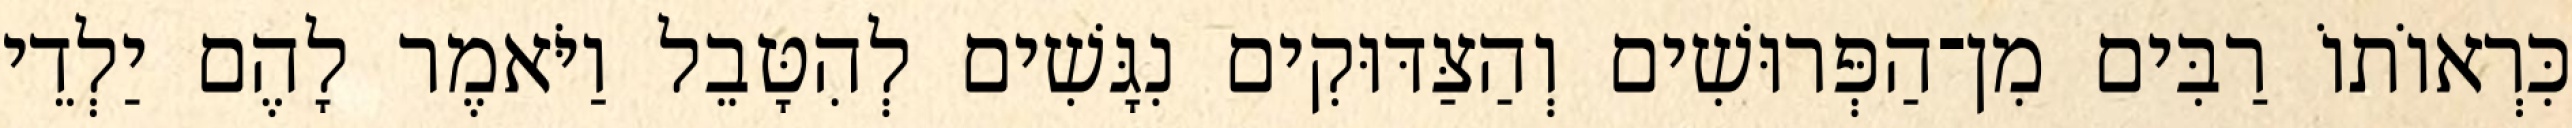
כִּרְאוֹתוֹ רַבִּים מִן־הַפְּרוּשִׁים וְהַצַּדּוּקִים נִגָּשִׁים לְהִטָּבֵל וַיֹּאמֶר לָהֶם יַלְדֵי